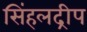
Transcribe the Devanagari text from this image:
सिंहलद्रीप